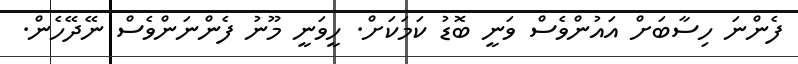
ފެންނަ ހިސާބަށް އައުންވެސް ވަނީ ބޮޑު ކަމަކަށް. ހީވަނީ މޫނު ފެންނަންވެސް ނޭދޭހެން.